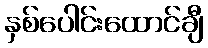
နှစ်ပေါင်းထောင်ချီ